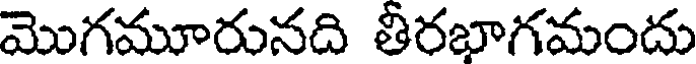
మొగమూరునది తీరభాగమందు